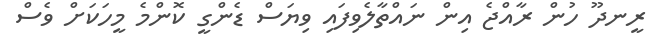
ރީނދޫ ހުން ރާއްޖެ އިން ނައްތާލެވިފައި ވިޔަސް ޑެންގީ ކޮންމެ މީހަކަށް ވެސް